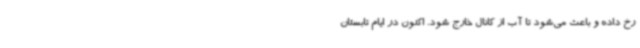
رخ داده و باعث می‌شود تا آب از کانال خارج شود. اکنون در ایام تابستان